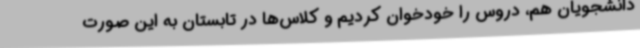
دانشجویان هم، دروس را خودخوان کردیم و کلاس‌ها در تابستان به این صورت